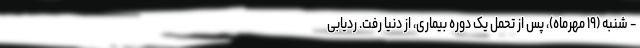
- شنبه (۱۹ مهرماه)، پس از تحمل یک دوره بیماری، از دنیا رفت. ردیابی